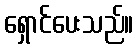
ရှောင်ပေးသည်။